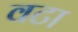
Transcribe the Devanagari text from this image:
वटा